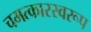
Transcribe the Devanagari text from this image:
चमत्‍कारस्‍वरूप